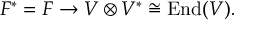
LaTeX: F ^ { * } = F \to V \otimes V ^ { * } \cong \operatorname { E n d } ( V ) .